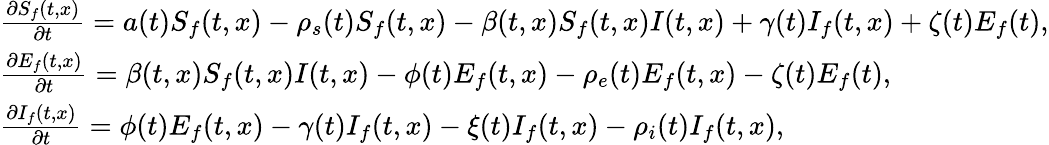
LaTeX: \begin{array}{l}{\frac{\partial S_{f}(t,x)}{\partial t}=a(t)S_{f}(t,x)-\rho_{s}(t)S_{f}(t,x)-\beta(t,x)S_{f}(t,x)I(t,x)+\gamma(t)I_{f}(t,x)+\zeta(t)E_{f}(t),}\\ {\frac{\partial E_{f}(t,x)}{\partial t}=\beta(t,x)S_{f}(t,x)I(t,x)-\phi(t)E_{f}(t,x)-\rho_{e}(t)E_{f}(t,x)-\zeta(t)E_{f}(t),}\\ {\frac{\partial I_{f}(t,x)}{\partial t}=\phi(t)E_{f}(t,x)-\gamma(t)I_{f}(t,x)-\xi(t)I_{f}(t,x)-\rho_{i}(t)I_{f}(t,x),}\end{array}